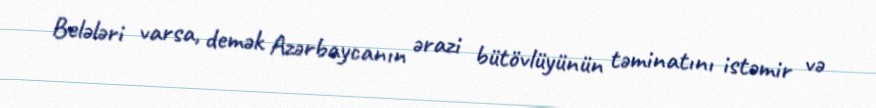
Belələri varsa, demək Azərbaycanın ərazi bütövlüyünün təminatını istəmir və